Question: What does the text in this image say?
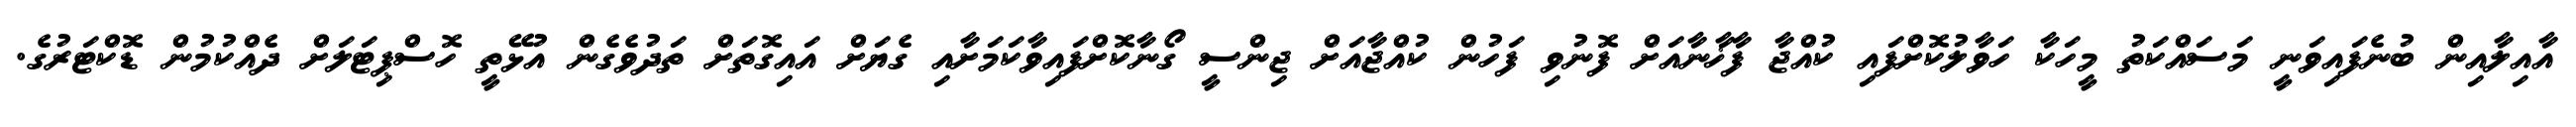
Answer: އާއިލާއިން ބުނެފައިވަނީ މަސައްކަތު މީހަކާ ހަވާލުކޮށްފައި ކުއްޖާ ފާޚާނާއަށް ފޮނުވި ފަހުން ކުއްޖާއަށް ޖިންސީ ގޯނާކޮށްފައިވާކަމަށާއި ގެޔަށް އައިގޮތަށް ތަދުވެގެން އުޅޭތީ ހޮސްޕިޓަލަށް ދެއްކުމުން ޑޮކްޓަރުގެ.